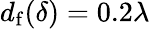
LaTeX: d_{\mathrm{f}}(\delta)=0.2\lambda